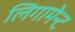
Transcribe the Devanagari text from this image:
लिगामेन्ट